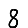
Digit: 8